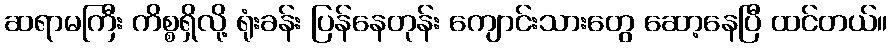
ဆရာမကြီး ကိစ္စရှိလို့ ရုံးခန်း ပြန်နေတုန်း ကျောင်းသားတွေ ဆော့နေပြီ ထင်တယ်။